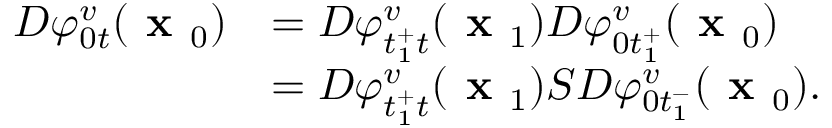
\begin{array} { r l } { D \varphi _ { 0 t } ^ { v } ( \textbf { x } _ { 0 } ) } & { = D \varphi _ { t _ { 1 } ^ { + } t } ^ { v } ( \textbf { x } _ { 1 } ) D \varphi _ { 0 t _ { 1 } ^ { + } } ^ { v } ( \textbf { x } _ { 0 } ) } \\ & { = D \varphi _ { t _ { 1 } ^ { + } t } ^ { v } ( \textbf { x } _ { 1 } ) S D \varphi _ { 0 t _ { 1 } ^ { - } } ^ { v } ( \textbf { x } _ { 0 } ) . } \end{array}